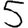
Digit: 5